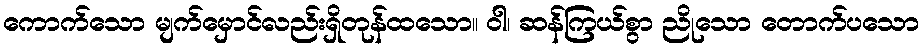
ကောက်သော မျက်မှောင်လည်းရှိတုန်ထသော။ ဝါ၊ ဆန်ကြယ်စွာ ညိုသော တောက်ပသော